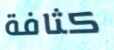
كثافة